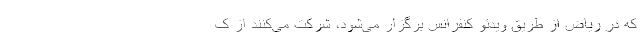
که در ریاض از طریق ویدئو کنفرانس برگزار می‌شود، شرکت می‌کنند از ک